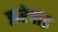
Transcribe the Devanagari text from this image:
झरेवाड